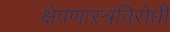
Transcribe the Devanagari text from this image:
क्षेपणास्त्रविरोधी